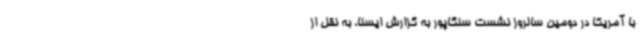
با آمریکا در دومین سالروز نشست سنگاپور به گزارش ایسنا، به نقل از